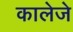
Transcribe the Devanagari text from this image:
कालेजे